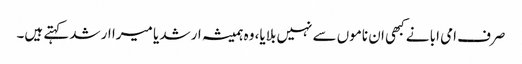
صرف امی ابا نے کبھی ان ناموں سے نہیں بلایا، وہ ہمیشہ ارشد یا میرا ارشد کہتے ہیں۔